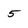
Character: 5